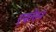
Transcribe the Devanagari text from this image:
एग्रोसन